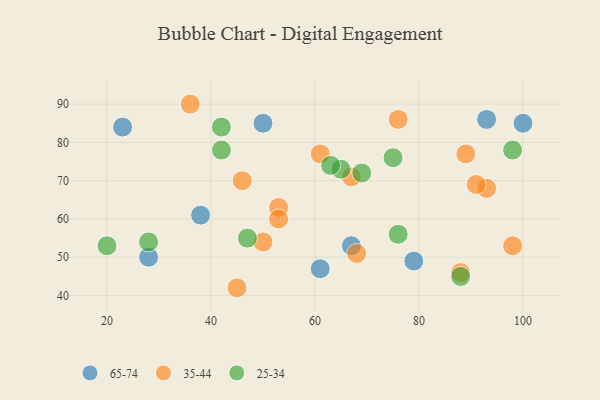
{"axis": {"x": "GDP", "y": "Life Expectancy"}, "legend": ["25-34", "35-44", "65-74"], "data": [{"x": "50", "y": 85, "type": "65-74"}, {"x": "93", "y": 86, "type": "65-74"}, {"x": "28", "y": 50, "type": "65-74"}, {"x": "61", "y": 47, "type": "65-74"}, {"x": "100", "y": 85, "type": "65-74"}, {"x": "79", "y": 49, "type": "65-74"}, {"x": "38", "y": 61, "type": "65-74"}, {"x": "23", "y": 84, "type": "65-74"}, {"x": "67", "y": 53, "type": "65-74"}, {"x": "50", "y": 54, "type": "35-44"}, {"x": "76", "y": 86, "type": "35-44"}, {"x": "98", "y": 53, "type": "35-44"}, {"x": "45", "y": 42, "type": "35-44"}, {"x": "93", "y": 68, "type": "35-44"}, {"x": "36", "y": 90, "type": "35-44"}, {"x": "88", "y": 46, "type": "35-44"}, {"x": "91", "y": 69, "type": "35-44"}, {"x": "89", "y": 77, "type": "35-44"}, {"x": "46", "y": 70, "type": "35-44"}, {"x": "67", "y": 71, "type": "35-44"}, {"x": "61", "y": 77, "type": "35-44"}, {"x": "53", "y": 63, "type": "35-44"}, {"x": "53", "y": 60, "type": "35-44"}, {"x": "68", "y": 51, "type": "35-44"}, {"x": "98", "y": 78, "type": "25-34"}, {"x": "42", "y": 78, "type": "25-34"}, {"x": "65", "y": 73, "type": "25-34"}, {"x": "47", "y": 55, "type": "25-34"}, {"x": "69", "y": 72, "type": "25-34"}, {"x": "76", "y": 56, "type": "25-34"}, {"x": "75", "y": 76, "type": "25-34"}, {"x": "88", "y": 45, "type": "25-34"}, {"x": "28", "y": 54, "type": "25-34"}, {"x": "42", "y": 84, "type": "25-34"}, {"x": "63", "y": 74, "type": "25-34"}, {"x": "20", "y": 53, "type": "25-34"}]}